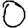
Digit: 0